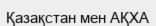
Қазақстан мен АҚХА